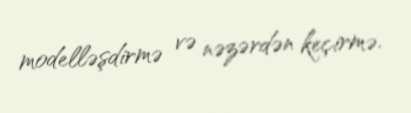
modelləşdirmə və nəzərdən keçirmə.